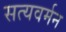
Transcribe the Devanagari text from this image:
सत्यवर्मन